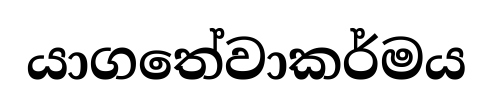
යාගතේවාකර්මය